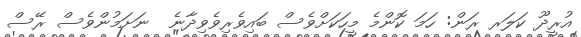
އުރީދޫ ކަލަރ ރަން: ހަމަ ކޮންމެ މީހަކަށްވެސް ބައިވެރިވެވިދާނެ  ނަށަމުންވެސް ރޭސް